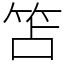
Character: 笘